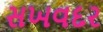
સખવદર